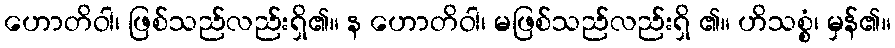
ဟောတိဝါ၊ ဖြစ်သည်လည်းရှိ၏။ န ဟောတိဝါ၊ မဖြစ်သည်လည်းရှိ ၏။ ဟိသစ္စံ၊ မှန်၏။